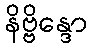
နိဗ္ဗိန္ဒော